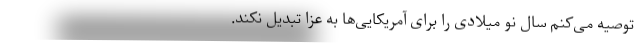
توصیه می‌کنم سال نو میلادی را برای آمریکایی‌ها به عزا تبدیل نکند.